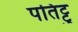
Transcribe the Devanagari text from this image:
पतिट्टु